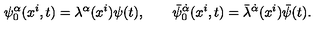
\psi _ { 0 } ^ { \alpha } ( x ^ { i } , t ) = \lambda ^ { \alpha } ( x ^ { i } ) \psi ( t ) , \qquad \bar { \psi } _ { 0 } ^ { \dot { \alpha } } ( x ^ { i } , t ) = \bar { \lambda } ^ { \dot { \alpha } } ( x ^ { i } ) \bar { \psi } ( t ) .